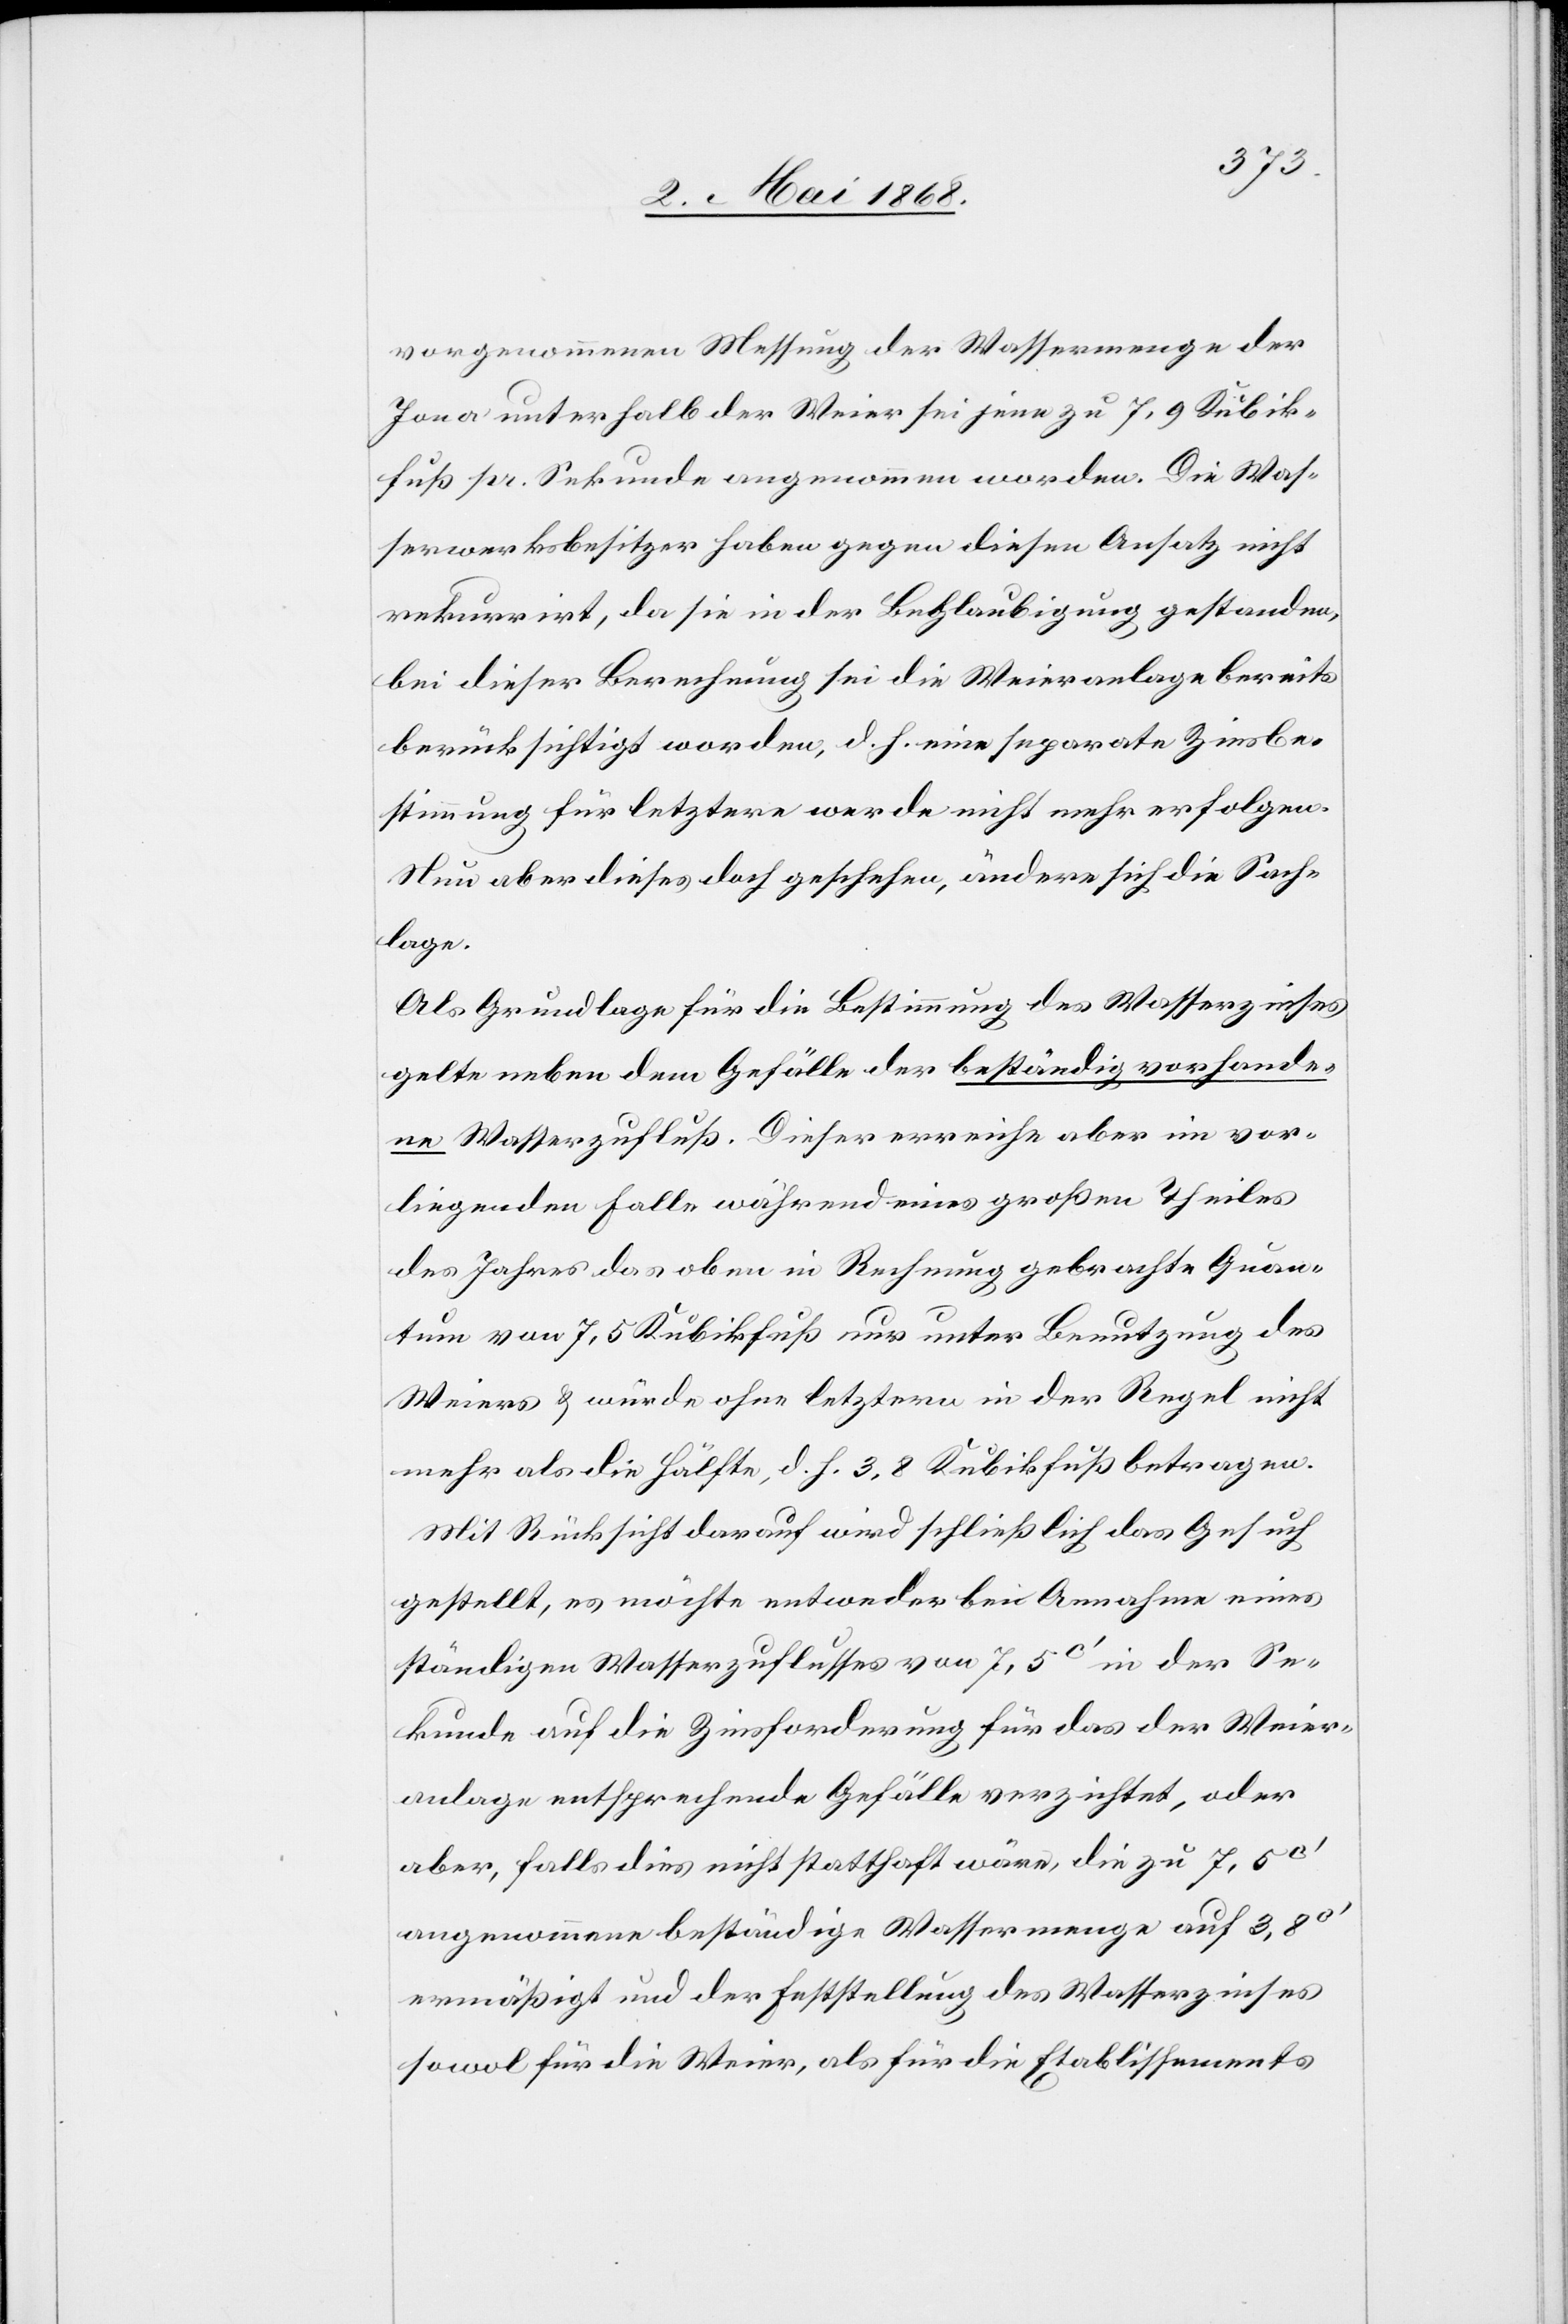
vorgenommenen Messung der Wassermenge der
Jona unterhalb der Weier sei jene zu 7,9 Kubik¬
fuß pr. Sekunde angenommen worden. Die Was¬
serwerksbesitzer haben gegen diesen Ansatz nicht
rekurrirt, da sie in der Beglaubigung gestanden,
bei dieser Berechnung sei die Weieranlage bereits
berücksichtigt worden, d. h. eine separate Zinsbe¬
stimmung für letztere werde nicht mehr erfolgen.
Nun aber dieses doch geschehen, ändere sich die Sach¬
lage.
Als Grundlage für die Bestimmung des Wasserzinses
gelte neben dem Gefälle der beständig vorhande¬
ne Wasserzufluß. Dieser erreiche aber im vor¬
liegenden Falle während eines großen Theiles
des Jahres das oben in Rechnung gebrachte Quan¬
tum von 7,5 [sic!] Kubikfuß nur unter Benutzung des
Weiers & würde ohne letztern in der Regel nicht
mehr als die Hälfte, d. h. 3,8 Kubikfuß betragen.
Mit Rücksicht darauf wird schließlich das Gesuch
gestellt, es möchte entweder bei Annahme eines
ständigen Wasserzuflusses von 7,5C‘ in der Se¬
kunde auf die Zinsforderung für das der Weier¬
anlage entsprechende Gefälle verzichtet, oder
aber, falls dies nicht statthaft wäre, die zu 7,5C‘
angenommene beständige Wassermenge auf 3,8C‘
ermäßigt und der Feststellung des Wasserzinses
sowol für die Weier, als für die Etablissements